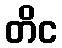
တိင